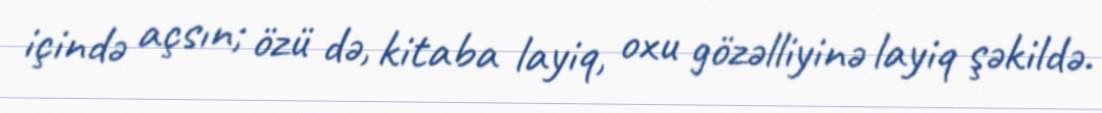
içində açsın; özü də, kitaba layiq, oxu gözəlliyinə layiq şəkildə.